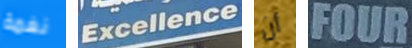
نغمة Excellence أن FOUR